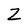
Character: Z